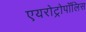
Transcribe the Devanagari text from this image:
एयरोट्रोपॉलिस